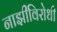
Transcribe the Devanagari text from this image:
नाझीविरोधी